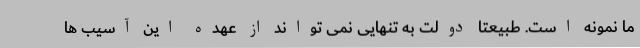
ما نمونه است. طبیعتا دولت به تنهایی نمی تواند از عهده این آسیب ها